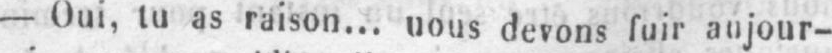
- Oui, tu as raison... nous devons fuir aujour-